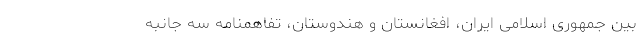
بین جمهوری اسلامی ایران، افغانستان و هندوستان، تفاهمنامه سه جانبه